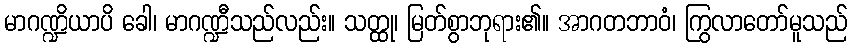
မာဂဏ္ဍိယာပိ ခေါ၊ မာဂဏ္ဍီသည်လည်း။ သတ္ထု၊ မြတ်စွာဘုရား၏။ အာဂတဘာဝံ၊ ကြွလာတော်မူသည်